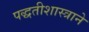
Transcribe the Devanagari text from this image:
पद्धतीशास्त्राने